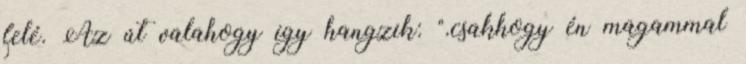
felé. Az út valahogy így hangzik: ".csakhogy én magammal